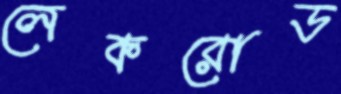
লেকরোড